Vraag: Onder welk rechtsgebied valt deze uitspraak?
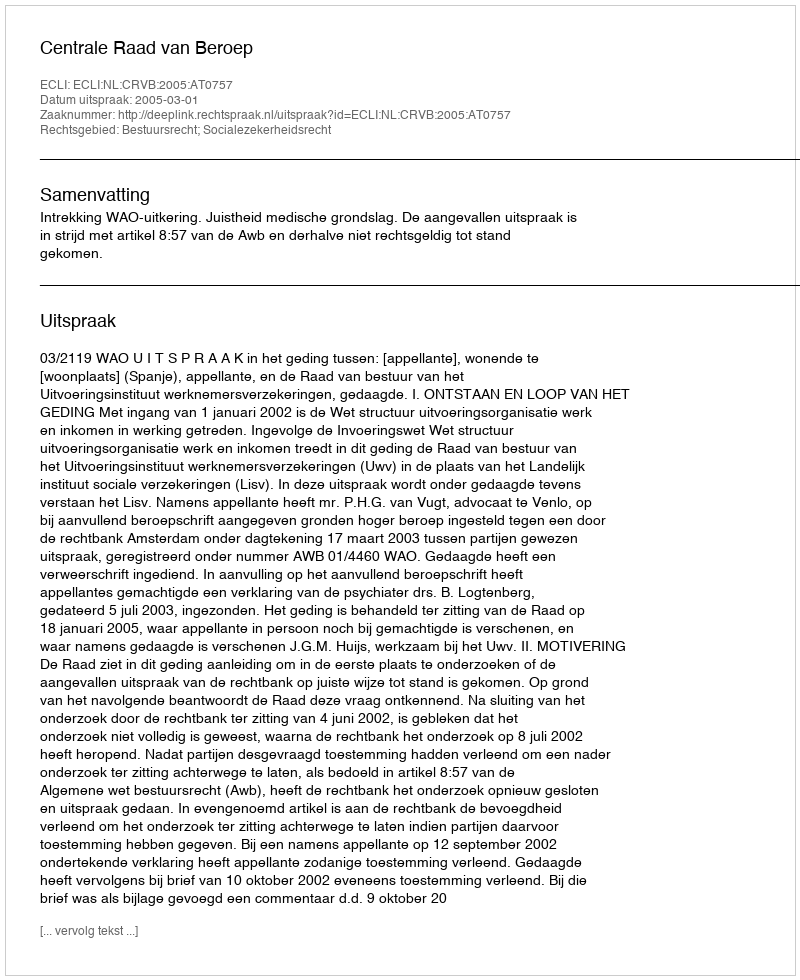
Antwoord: Bestuursrecht; Socialezekerheidsrecht